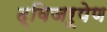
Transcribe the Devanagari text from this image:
द्विजरूपेण